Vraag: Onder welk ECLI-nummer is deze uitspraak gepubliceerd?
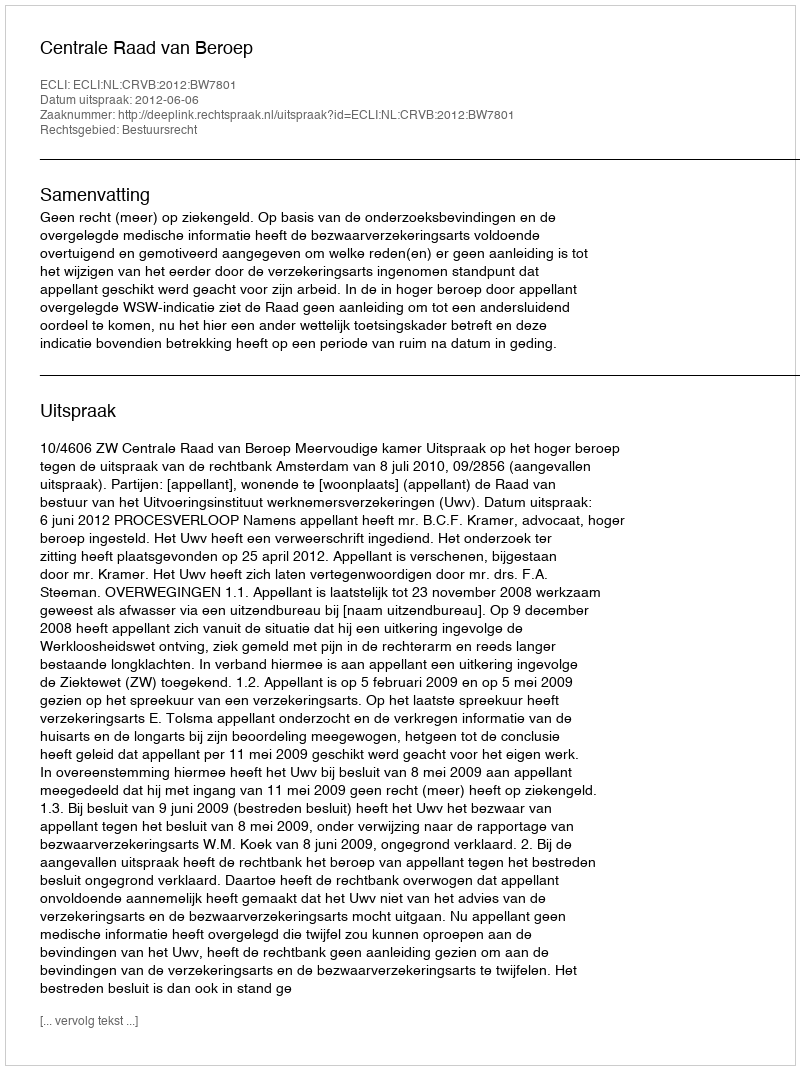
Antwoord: ECLI:NL:CRVB:2012:BW7801